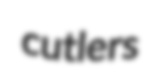
cutlers